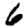
Digit: 6